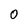
Character: 0